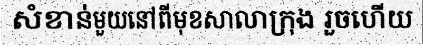
សំខាន់មួយនៅពីមុខសាលាក្រុង រួចហើយ